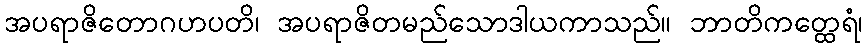
အပရာဇိတောဂဟပတိ၊ အပရာဇိတမည်သောဒါယကာသည်။ ဘာတိကတ္ထေရံ၊